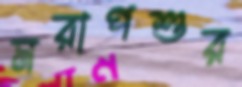
মরাপশুর